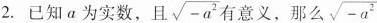
2.已知α为实数，且 \sqrt{-a^{2}}有意义，那么 \sqrt{-a^{2}}